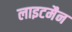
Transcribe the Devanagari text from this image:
लाइटमैन